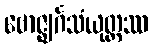
ဗောဇ္ဈင်္ဂသံယုတ္တဿ